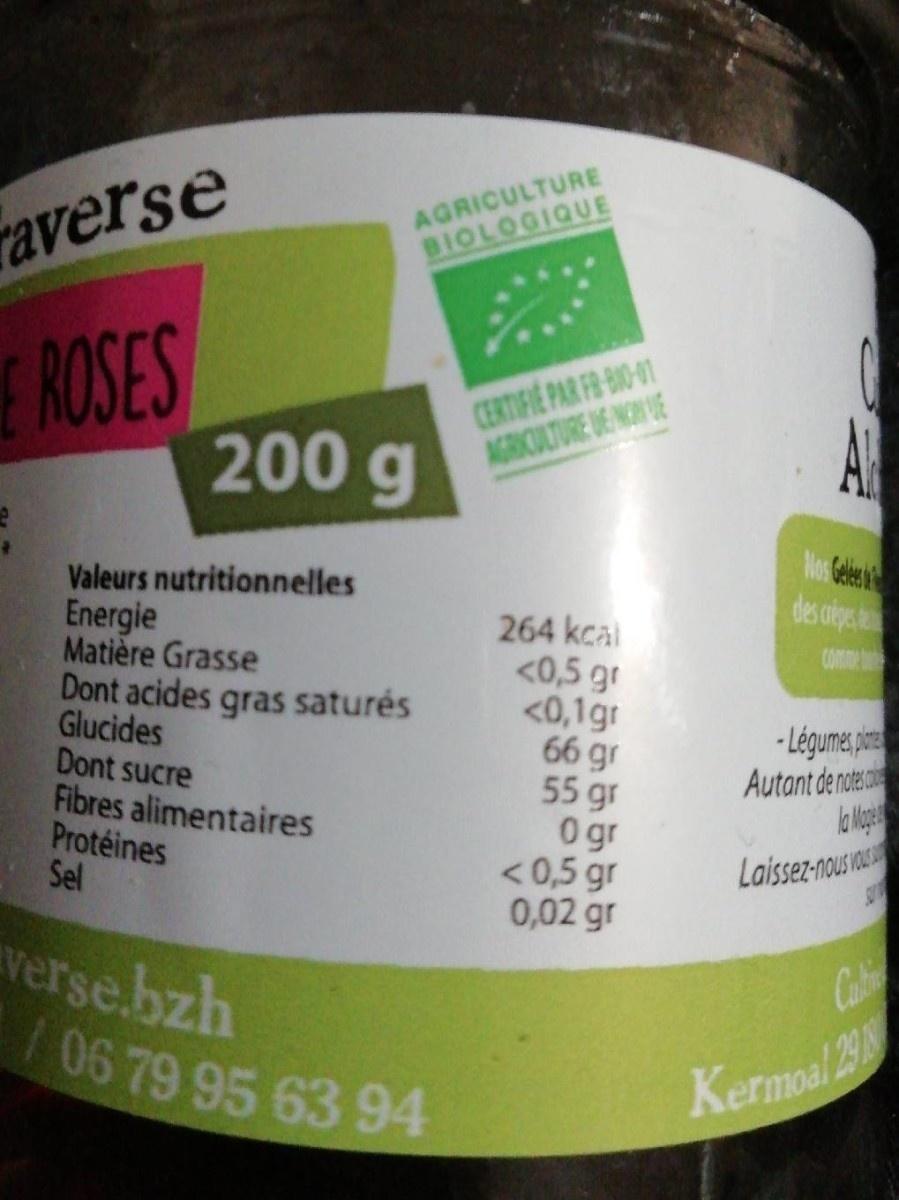
averse
AGRICULTURE BIOLOGIQUE
ROSES 200g
CERTIFIE PAR FR BIO-41 AGRICIULTURE DE NOH VE
Nos Gele des ciege
Valeurs nutritionnelles Energie Matière Grasse Dont acides gras saturés Glucides Dont sucre Fibres alimentaires Protéines Sel
264 kcal <0,5 gr <0,1gr 66 gr 55 gr 0gr <0,5 gr 0,02 gr
- Légume, ien Autant de noteco
Laissez-nous au
verse.bzh /06 79 95 63 94
Cabi
Kermoal 29